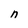
Character: n